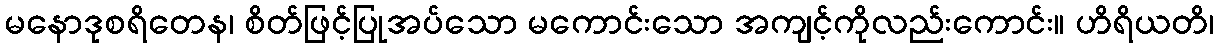
မနောဒုစရိတေန၊ စိတ်ဖြင့်ပြုအပ်သော မကောင်းသော အကျင့်ကိုလည်းကောင်း။ ဟိရိယတိ၊